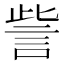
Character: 訾